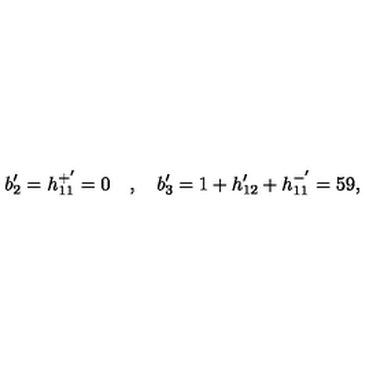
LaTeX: b _ { 2 } ^ { \prime } = h _ { 1 1 } ^ { + ^ { \prime } } = 0 \quad , \quad b _ { 3 } ^ { \prime } = 1 + h _ { 1 2 } ^ { \prime } + h _ { 1 1 } ^ { - ^ { \prime } } = 5 9 ,